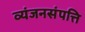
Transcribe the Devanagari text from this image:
व्यंजनसंपत्ति